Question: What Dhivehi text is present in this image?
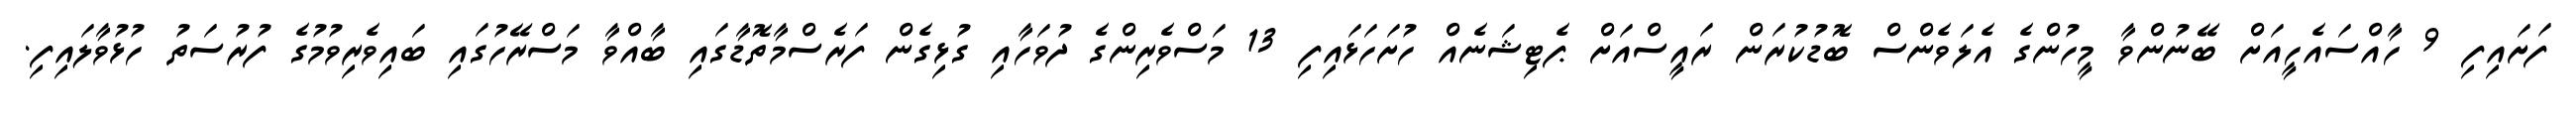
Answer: ފަށައިފި 9 ހާއްސައެހީއަށް ބޭނުންވާ މީހުންގެ އެލަވެންސް ބޮޑުކުރަން ރައީސްއަށް ޕެޓިޝަނެއް ހުށަހަޅައިފި 13 މަސްވެރިންގެ ދުވަހާއި ގުޅިގެން ފަރެސްމާތޮޑާގައި ބާއްވާ މަސްރޭހުގައި ބައިވެރިވުމުގެ ފުރުސަތު ހުޅުވާލައިފި.